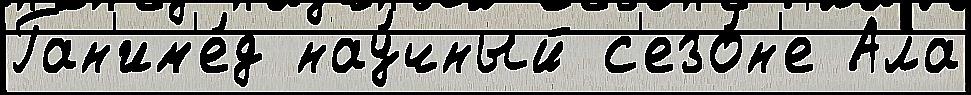
Ган'им'е́д нау́чный с'езо́н'е Ала